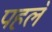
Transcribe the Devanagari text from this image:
पहल॓